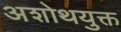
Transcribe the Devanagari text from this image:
अशोथयुक्त